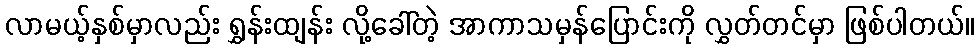
လာမယ့်နှစ်မှာလည်း ရွှန်းထျန်း လို့ခေါ်တဲ့ အာကာသမှန်ပြောင်းကို လွှတ်တင်မှာ ဖြစ်ပါတယ်။